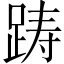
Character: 踌